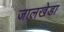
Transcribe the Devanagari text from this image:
जालखेडा